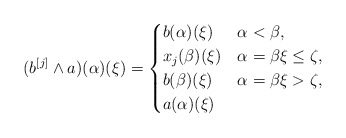
\begin{align*} (b^{[j]} \wedge a)(\alpha)(\xi)=\begin{cases} b(\alpha)(\xi) & \alpha<\beta,\\ x_j(\beta)(\xi) & \alpha=\beta\xi\le \zeta,\\ b(\beta)(\xi) & \alpha=\beta\xi> \zeta,\\ a(\alpha)(\xi)& \end{cases} \end{align*}